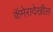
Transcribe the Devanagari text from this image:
कॅमेरादेखील